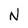
Character: N